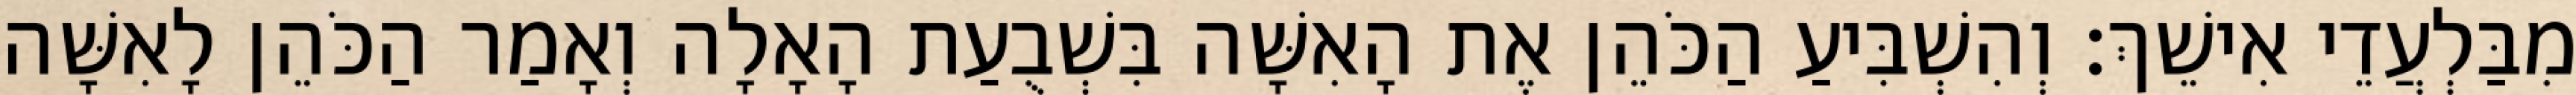
מִבַּלְעֲדֵי אִישֵׁךְ׃ וְהִשְׁבִּיעַ הַכֹּהֵן אֶת הָאִשָּׁה בִּשְׁבֻעַת הָאָלָה וְאָמַר הַכֹּהֵן לָאִשָּׁה